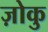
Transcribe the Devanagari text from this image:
ज़ोकु